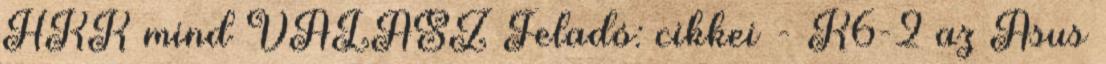
HKK mind VÁLASZ Feladó: cikkei - K6-2 az Asus